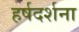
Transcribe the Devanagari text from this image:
हर्षदर्शना